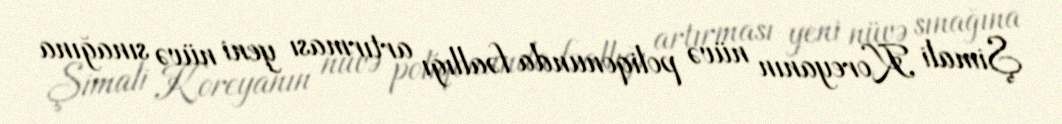
Şimali Koreyanın nüvə poliqonunda fəallığı artırması yeni nüvə sınağına